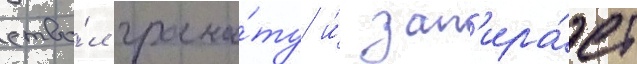
ство́л грана́ту и́ зап'ира́ет